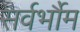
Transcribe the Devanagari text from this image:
सर्वर्भौम